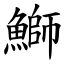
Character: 鰤